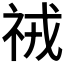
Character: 𮁱